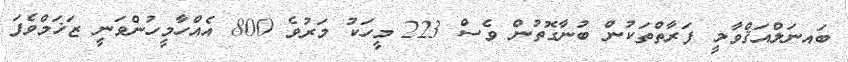
ބައނަލްއަޤްވާމީ ފަރާތްތަކުން ބުނާގޮތުން ވެސް 223 މީހަކު މަރުވެ 800 އެއްހާމީހުންވަނީ ޒަޚަމްވެފަ